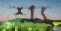
শ্য